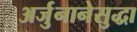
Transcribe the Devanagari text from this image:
अर्जुनानेसुद्धा